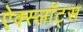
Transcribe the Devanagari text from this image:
ऐक्स्लॉट्स